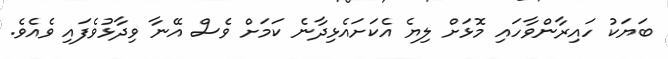
ބަޔަކު ހައިރާންވާހައި މޮޅަށް ލިޔެ އެކަށައެޅިދާނެ ކަމަށް ވެސް އޭނާ ވިދާޅުވެފައި ވެއެވެ.